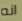
انه